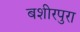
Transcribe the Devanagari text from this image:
बशीरपुरा